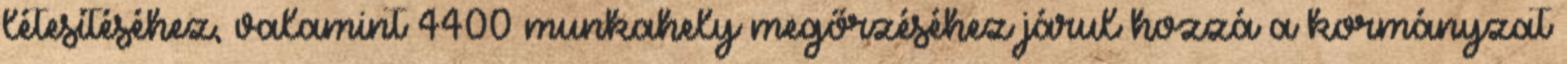
létesítéséhez, valamint 4400 munkahely megőrzéséhez járul hozzá a kormányzat